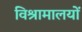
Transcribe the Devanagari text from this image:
विश्रामालयों